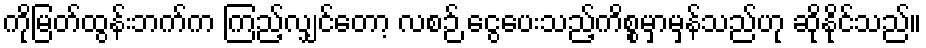
ကိုမြတ်ထွန်းဘက်က ကြည့်လျှင်တော့ လစဉ် ငွေပေးသည့်ကိစ္စမှာမှန်သည်ဟု ဆိုနိုင်သည်။